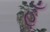
હૂઁ